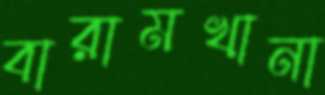
বারামখানা